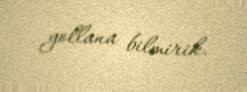
yollana bilmirik.